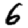
Digit: 6